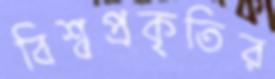
বিশ্বপ্রকৃতির